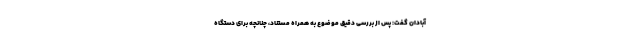
آبادان گفت: پس از بررسی دقیق موضوع به همراه مستناد، چنانچه برای دستگاه